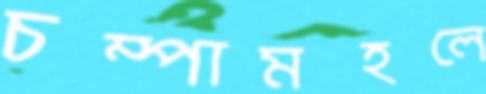
চম্পামহলে